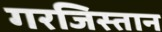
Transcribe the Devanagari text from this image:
गरजिस्तान